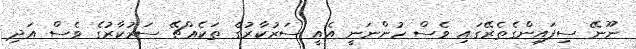
ނޫނޭ ސިފައިންގެތެރޭގައި ވެސް ހުންނަނީ އެއީ ސަރުކާރުގެ ތަކެއްޗޭ ސަރުކާރުގެ ވެސް އަދި